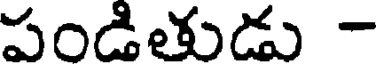
పండితుడు -